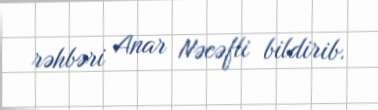
rəhbəri Anar Nəcəfli bildirib.